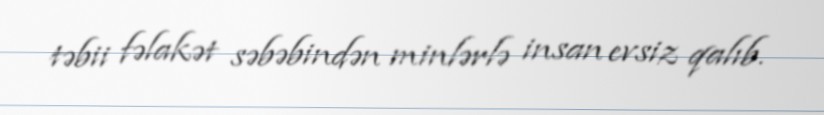
təbii fəlakət səbəbindən minlərlə insan evsiz qalıb.